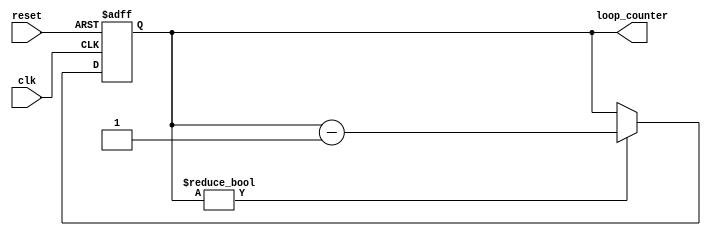
module Decremental_For_Loop (
    input wire clk,
    input wire reset,
    output reg [7:0] loop_counter
);

always @(posedge clk or posedge reset) begin
    if (reset) begin
        loop_counter <= 0;
    end else if (loop_counter != 0) begin
        loop_counter <= loop_counter - 1;
        // Perform desired operations within the loop here
    end
end

endmodule